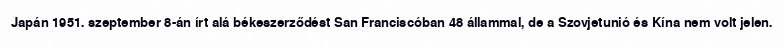
Japán 1951. szeptember 8-án írt alá békeszerződést San Franciscóban 48 állammal, de a Szovjetunió és Kína nem volt jelen.